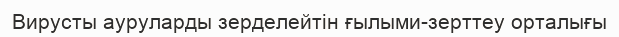
Вирусты ауруларды зерделейтін ғылыми-зерттеу орталығы